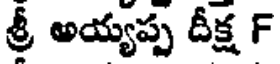
శ్రీ అయ్యప్ప దీక్ష F